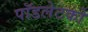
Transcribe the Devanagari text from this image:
पॉडलेटको